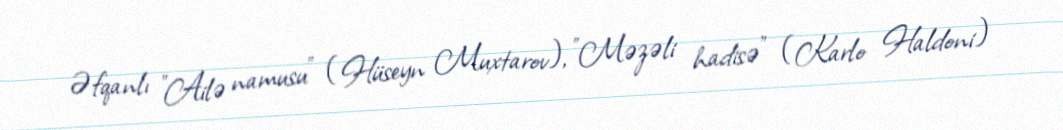
Əfqanlı "Ailə namusu" (Hüseyn Muxtarov), "Məzəli hadisə" (Karlo Haldoni)